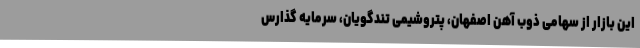
این بازار از سهامی ذوب آهن اصفهان، پتروشیمی تندگویان، سرمایه گذارس